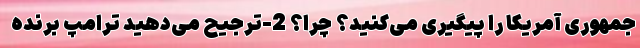
جمهوری آمریکا را پیگیری می‌کنید؟ چرا؟ 2-ترجیح می‌دهید ترامپ برنده